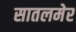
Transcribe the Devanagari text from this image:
सातलमेर